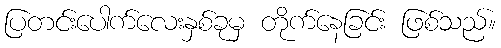
ပြတင်းပေါက်လေးနှစ်ခုမှ တိုက်နေခြင်း ဖြစ်သည်။